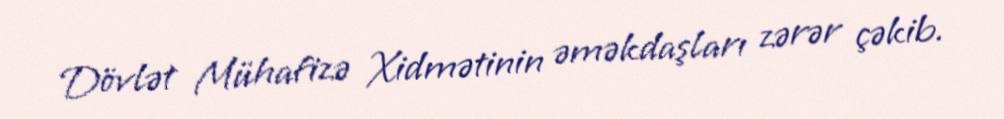
Dövlət Mühafizə Xidmətinin əməkdaşları zərər çəkib.